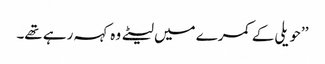
’’حویلی کے کمرے میں لیٹے وہ کہہ رہے تھے۔